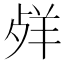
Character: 𦍲